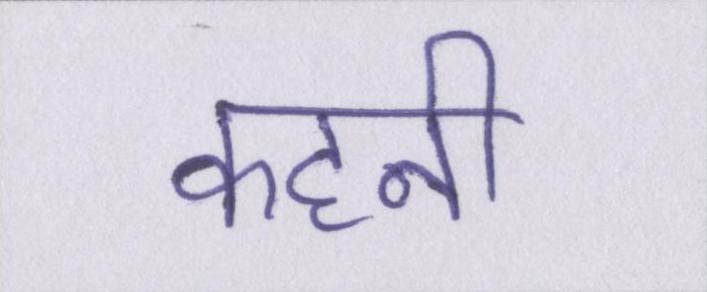
कहनी